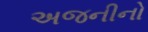
અજનીનો